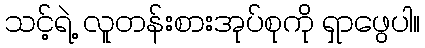
သင့်ရဲ့ လူတန်းစားအုပ်စုကို ရှာဖွေပါ။